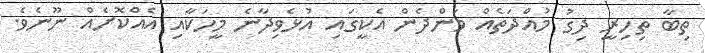
ތިބާ ތިހިރީ ދިގު މުއްދަތެއް ވަންދެން އެކީގައި އުޅެވިދާނެ މީހަކާއި އެއްކޮށެއް ނޫނެވެ.